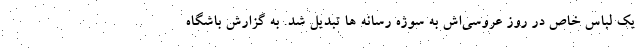
یک لباس خاص در روز عروسی‌اش به سوژه رسانه ها تبدیل شد. به گزارش باشگاه